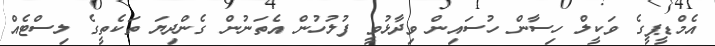
އެމްޑީޕީގެ ވަކީލް ހިސާން ހުސައިން ވިދާޅުވީ ފުލުހުން އެތަނުން ގެންދިޔަ ތަކެތީގެ ލިސްޓެއް